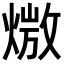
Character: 𪹖